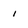
Character: 1